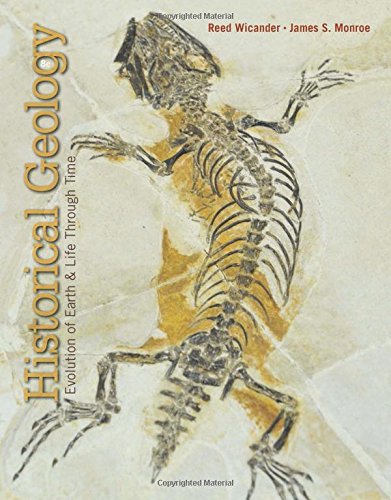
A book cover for Historical Geology; Reed Wicander; Science & Math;